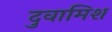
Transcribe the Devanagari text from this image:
दुवामिश